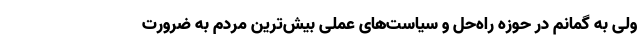
ولی به گمانم در حوزه راه‌حل و سیاست‌های عملی بیش‌ترین مردم به ضرورت